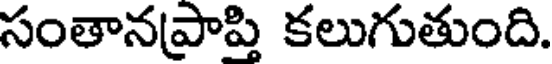
సంతానప్రాప్తి కలుగుతుంది.